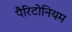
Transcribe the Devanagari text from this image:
पैरिटोनियम